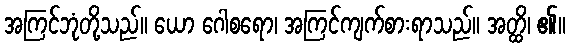
အကြင်ဘုံတို့သည်။ ယော ဂေါစရော၊ အကြင်ကျက်စားရာသည်။ အတ္ထိ၊ ၏။